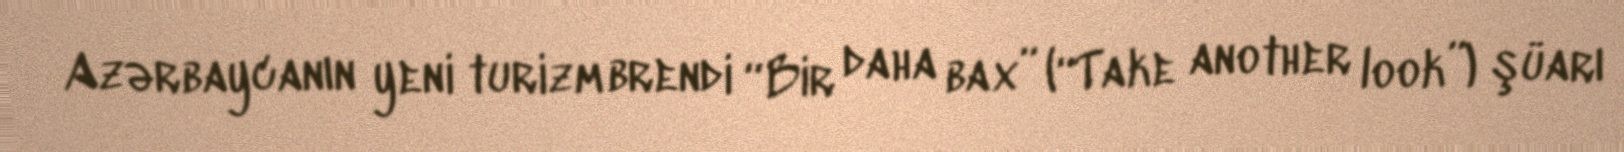
Azərbaycanın yeni turizm brendi “Bir daha bax” (“Take another look”) şüarı